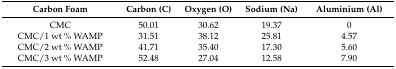
| Carbon Foam | Carbon (C) | Oxygen (O) | Sodium (Na) | Aluminium (Al) |
 | --- | --- | --- | --- | --- |
 | CMC | 50.01 | 30.62 | 19.37 | 0 |
 | CMC/1 wt % WAMP | 31.51 | 38.12 | 25.81 | 4.57 |
 | CMC/2 wt % WAMP | 41.71 | 35.40 | 17.30 | 5.60 |
 | CMC/3 wt % WAMP | 52.48 | 27.04 | 12.58 | 7.90 |